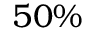
5 0 \%